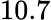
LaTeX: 10.7